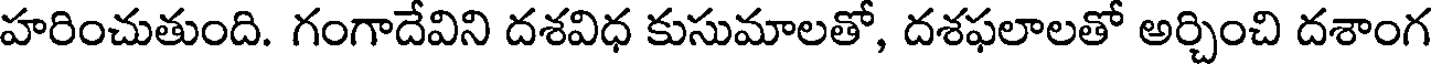
హరించుతుంది. గంగాదేవిని దశవిధ కుసుమాలతో, దశఫలాలతో అర్చించి దశాంగ